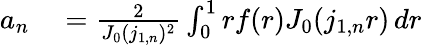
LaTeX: \begin{array}{rl}{a_{n}}&{{}=\frac{2}{J_{0}(j_{1,n})^{2}}\int_{0}^{1}rf(r)J_{0}(j_{1,n}r)\, dr}\end{array}